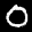
Label: 0